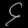
Digit: ၄